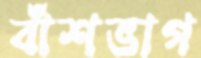
বাঁশভাগ